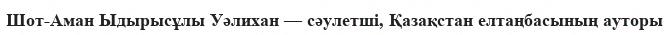
Шот-Аман Ыдырысұлы Уәлихан — сәулетші, Қазақстан елтаңбасының ауторы